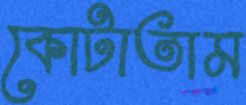
কোটাতাম